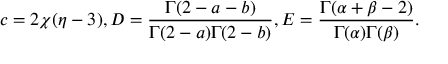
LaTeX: c = 2 \chi ( \eta - 3 ) , D = \frac { \Gamma ( 2 - a - b ) } { \Gamma ( 2 - a ) \Gamma ( 2 - b ) } , E = \frac { \Gamma ( \alpha + \beta - 2 ) } { \Gamma ( \alpha ) \Gamma ( \beta ) } .